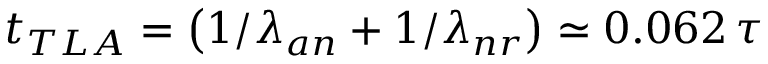
t _ { T L A } = \left( 1 / \lambda _ { a n } + 1 / \lambda _ { n r } \right) \simeq 0 . 0 6 2 \, \tau